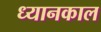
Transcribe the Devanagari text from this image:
ध्यानकाल